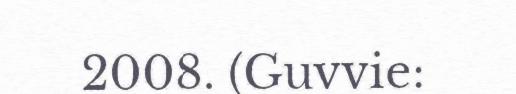
2008. (Guvvie: